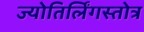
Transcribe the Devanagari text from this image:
ज्योतिर्लिंगस्तोत्र